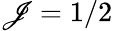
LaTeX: \mathscr{J}=1/2